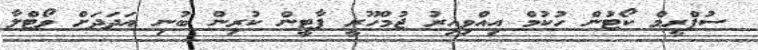
ސުޕްރީމް ކޯޓުން ހުކުމް އިއްވިއިރު ޖުމްހޫރީ ޕާޓީން ކުރިން ބުނި އަދަދަށް ވޯޓްލާ